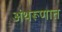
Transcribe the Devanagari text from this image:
अंथरूणात